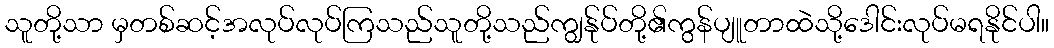
သူတို့သာ မှတစ်ဆင့်အလုပ်လုပ်ကြသည်သူတို့သည်ကျွန်ုပ်တို့၏ကွန်ပျူတာထဲသို့ဒေါင်းလုပ်မရနိုင်ပါ။